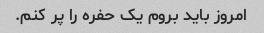
امروز باید بروم یک حفره را پر کنم.